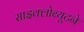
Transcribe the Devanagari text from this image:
साइक्लोब्यूटने